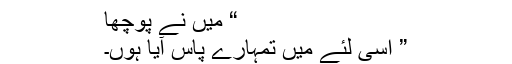
“ میں نے پوچھا
” اسی لئے میں تمہارے پاس آیا ہوں۔